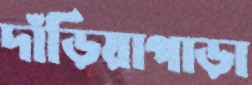
দাঁড়িয়াপাড়া